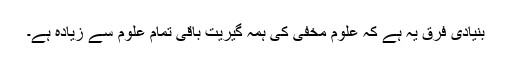
بنیادی فرق یہ ہے کہ علوم مخفی کی ہمہ گیریت باقی تمام علوم سے زیادہ ہے۔